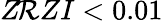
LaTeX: Z\! \mathcal{R}ZI<0.01